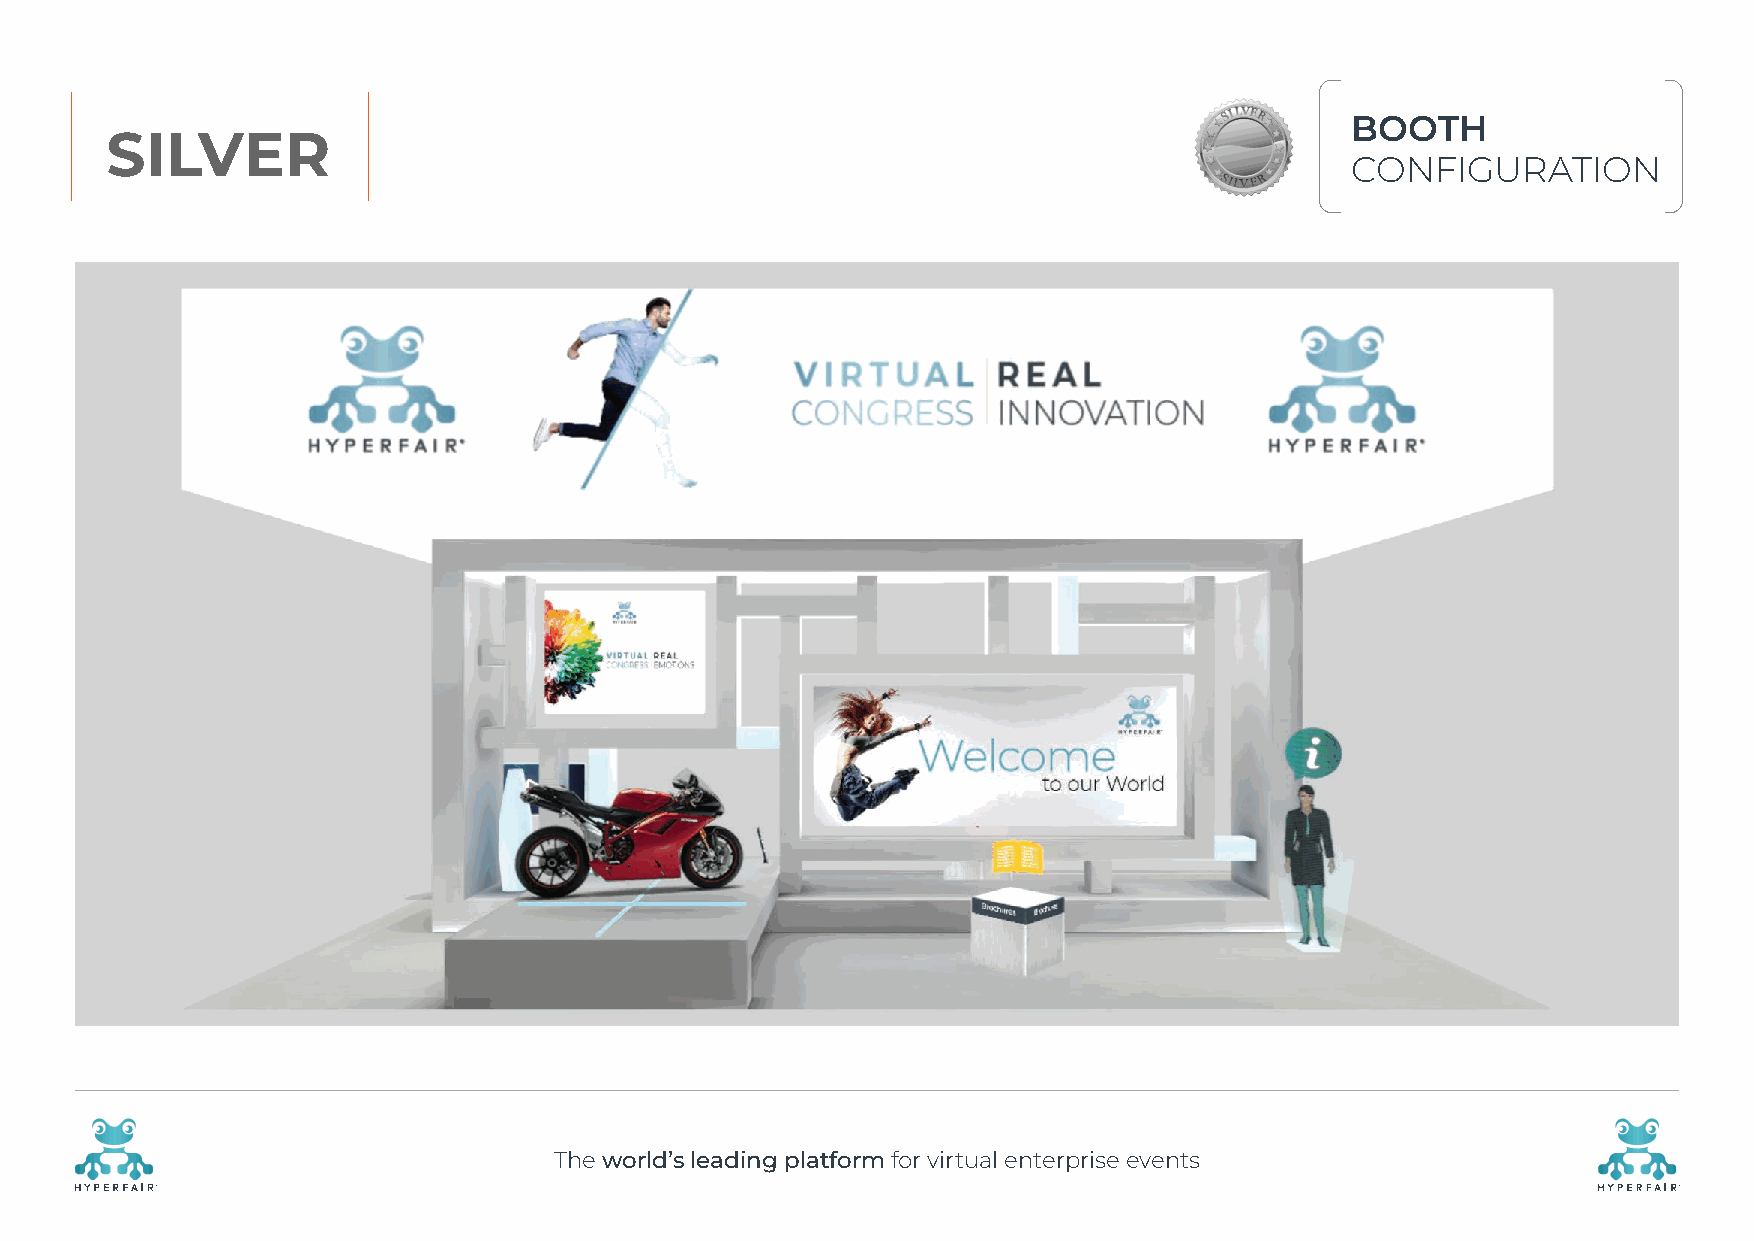
BOOTH
 SILVER
 CONFIGURATION
 The world’s leading platform for virtual enterprise events
 R                                                                                                    R